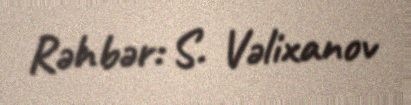
Rəhbər: S. Vəlixanov